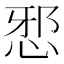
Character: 𭜺